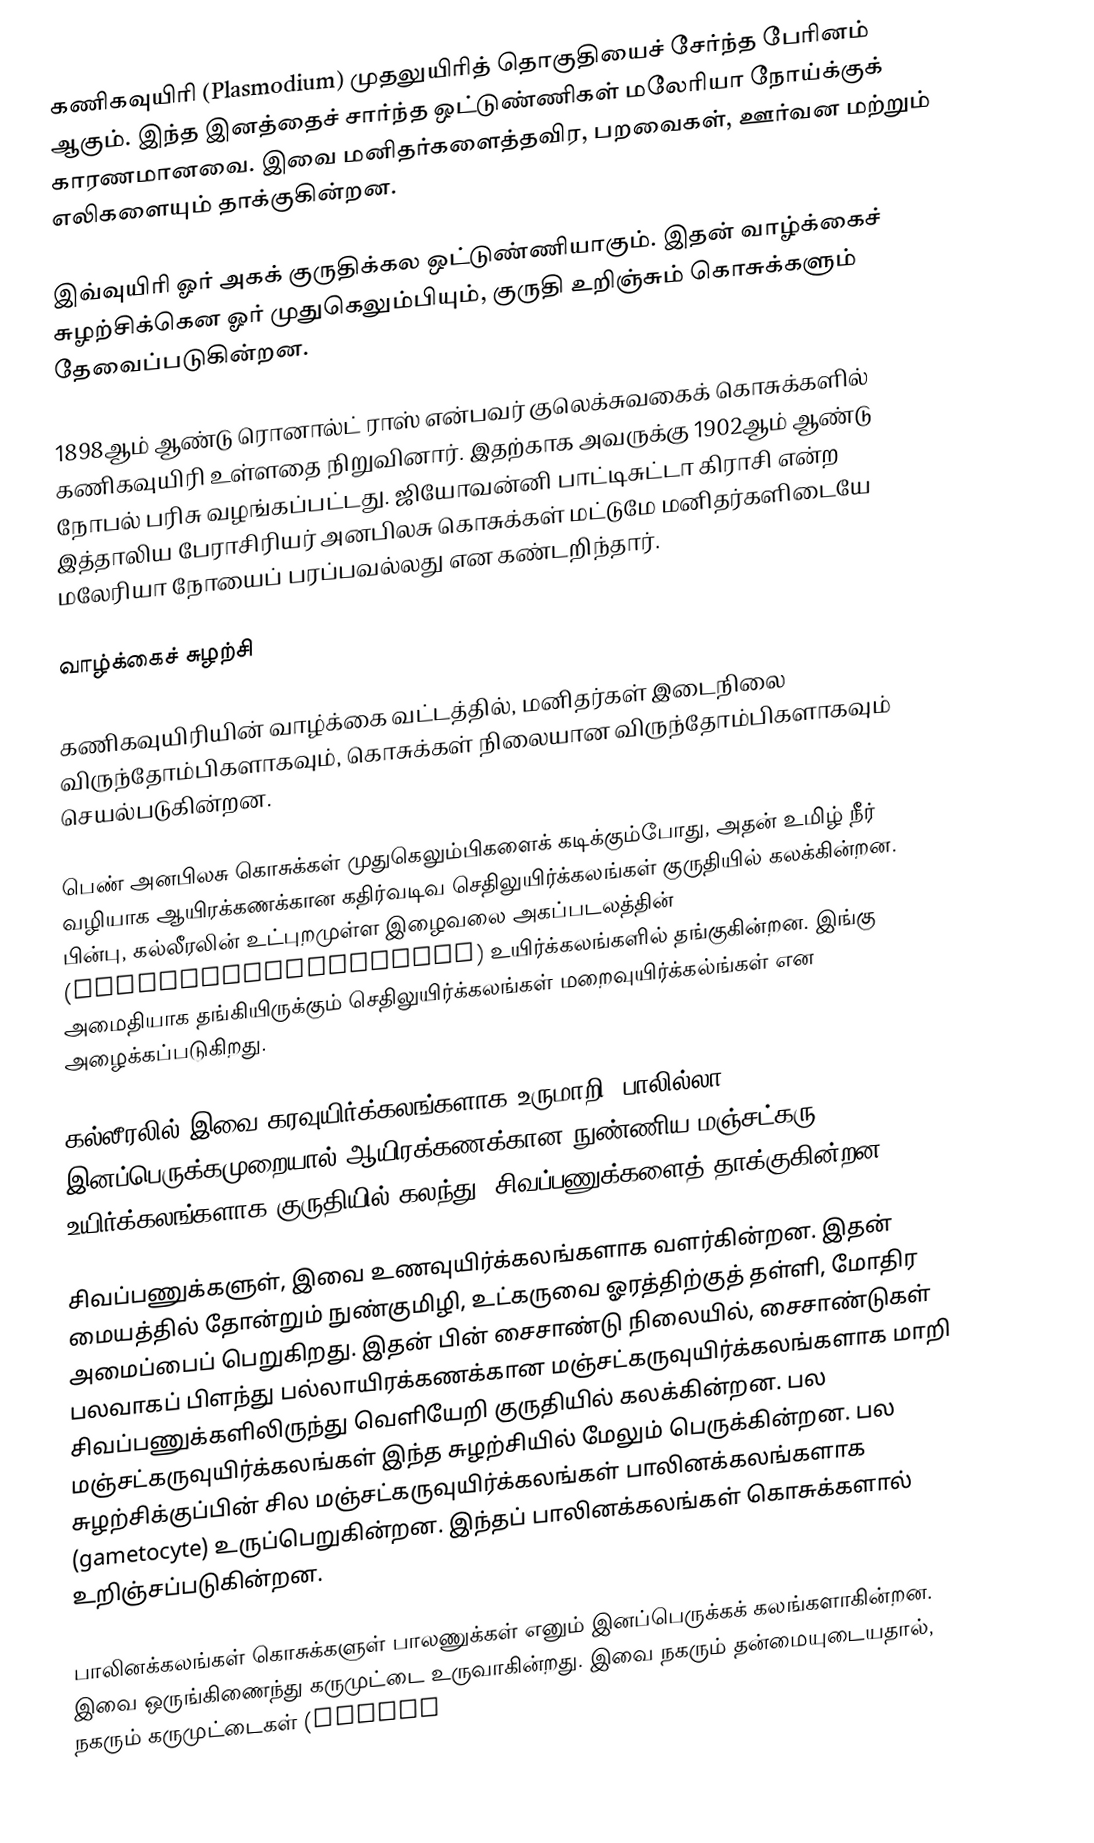
கணிகவுயிரி (Plasmodium) முதலுயிரித் தொகுதியைச் சேர்ந்த பேரினம் ஆகும். இந்த இனத்தைச் சார்ந்த ஒட்டுண்ணிகள் மலேரியா நோய்க்குக் காரணமானவை. இவை மனிதர்களைத்தவிர, பறவைகள், ஊர்வன மற்றும் எலிகளையும் தாக்குகின்றன.

இவ்வுயிரி ஓர் அகக் குருதிக்கல ஒட்டுண்ணியாகும். இதன் வாழ்க்கைச் சுழற்சிக்கென ஓர் முதுகெலும்பியும், குருதி உறிஞ்சும் கொசுக்களும் தேவைப்படுகின்றன.

1898ஆம் ஆண்டு ரொனால்ட் ராஸ் என்பவர் குலெக்சுவகைக் கொசுக்களில் கணிகவுயிரி உள்ளதை நிறுவினார். இதற்காக அவருக்கு 1902ஆம் ஆண்டு நோபல் பரிசு வழங்கப்பட்டது. ஜியோவன்னி பாட்டிசுட்டா கிராசி என்ற இத்தாலிய பேராசிரியர் அனபிலசு கொசுக்கள் மட்டுமே மனிதர்களிடையே மலேரியா நோயைப் பரப்பவல்லது என கண்டறிந்தார்.

வாழ்க்கைச் சுழற்சி

கணிகவுயிரியின் வாழ்க்கை வட்டத்தில், மனிதர்கள் இடைநிலை விருந்தோம்பிகளாகவும், கொசுக்கள் நிலையான விருந்தோம்பிகளாகவும் செயல்படுகின்றன.

பெண் அனபிலசு கொசுக்கள் முதுகெலும்பிகளைக் கடிக்கும்போது, அதன் உமிழ் நீர் வழியாக ஆயிரக்கணக்கான கதிர்வடிவ செதிலுயிர்க்கலங்கள் குருதியில் கலக்கின்றன. பின்பு, கல்லீரலின் உட்புறமுள்ள  இழைவலை அகப்படலத்தின் (reticuloendothelial)  உயிர்க்கலங்களில் தங்குகின்றன. இங்கு அமைதியாக தங்கியிருக்கும் செதிலுயிர்க்கலங்கள் மறைவுயிர்க்கல்ங்கள் என அழைக்கப்படுகிறது.

கல்லீரலில் இவை கரவுயிர்க்கலங்களாக உருமாறி, பாலில்லா இனப்பெருக்கமுறையால் ஆயிரக்கணக்கான நுண்ணிய மஞ்சட்கரு உயிர்க்கலங்களாக குருதியில் கலந்து, சிவப்பணுக்களைத் தாக்குகின்றன.

சிவப்பணுக்களுள், இவை உணவுயிர்க்கலங்களாக வளர்கின்றன. இதன் மையத்தில் தோன்றும் நுண்குமிழி, உட்கருவை ஓரத்திற்குத் தள்ளி, மோதிர அமைப்பைப் பெறுகிறது. இதன் பின் சைசாண்டு நிலையில், சைசாண்டுகள் பலவாகப் பிளந்து பல்லாயிரக்கணக்கான மஞ்சட்கருவுயிர்க்கலங்களாக மாறி சிவப்பணுக்களிலிருந்து வெளியேறி குருதியில் கலக்கின்றன. பல மஞ்சட்கருவுயிர்க்கலங்கள் இந்த சுழற்சியில் மேலும் பெருக்கின்றன. பல சுழற்சிக்குப்பின் சில மஞ்சட்கருவுயிர்க்கலங்கள்  பாலினக்கலங்களாக (gametocyte) உருப்பெறுகின்றன. இந்தப் பாலினக்கலங்கள் கொசுக்களால் உறிஞ்சப்படுகின்றன.

பாலினக்கலங்கள் கொசுக்களுள் பாலணுக்கள் எனும் இனப்பெருக்கக் கலங்களாகின்றன. இவை ஒருங்கிணைந்து கருமுட்டை உருவாகின்றது. இவை நகரும் தன்மையுடையதால், நகரும் கருமுட்டைகள் (ookine